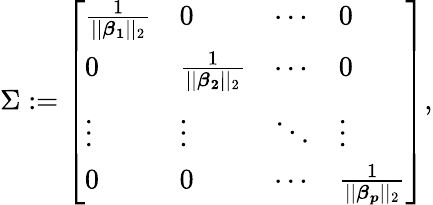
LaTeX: \Sigma:=\left[\begin{array}{llll}{\frac{1}{||\boldsymbol{\beta_{1}}||_{2}}}&{0}&{\cdots}&{0}\\ {0}&{\frac{1}{||\boldsymbol{\beta_{2}}||_{2}}}&{\cdots}&{0}\\ {\vdots}&{\vdots}&{\ddots}&{\vdots}\\ {0}&{0}&{\cdots}&{\frac{1}{||\boldsymbol{\beta_{p}}||_{2}}}\end{array}\right],